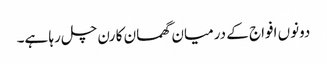
دونوں افواج کے درمیان گھمسان کا رن چل رہا ہے۔